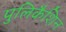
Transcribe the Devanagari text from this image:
पुलिकैशिन